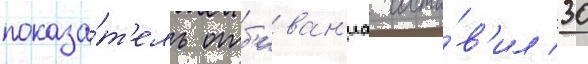
показа́т'ель отб'иван'иа соста́в'ил 30